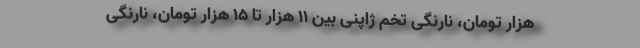
هزار تومان، نارنگی تخم ژاپنی بین ۱۱ هزار تا ۱۵ هزار تومان، نارنگی